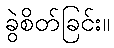
ခွဲစိတ်ခြင်း။